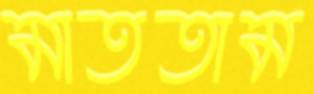
মাততাম